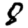
Digit: 8